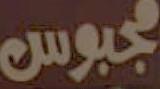
مجبوس